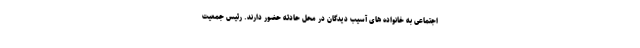
اجتماعی به خانواده های آسیب دیدگان در محل حادثه حضور دارند. رئیس جمعیت